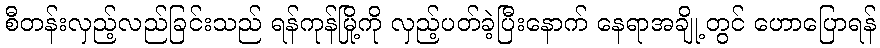
စီတန်းလှည့်လည်ခြင်းသည် ရန်ကုန်မြို့ကို လှည့်ပတ်ခဲ့ပြီးနောက် နေရာအချို့တွင် ဟောပြောရန်